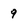
Character: 9